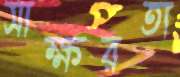
সাক্ষরতা